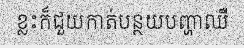
ខ្លះក៏ជួយកាត់បន្ថយបញ្ហាឈឺ